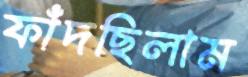
ফাঁদছিলাম